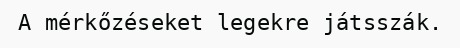
A mérkőzéseket legekre játsszák.